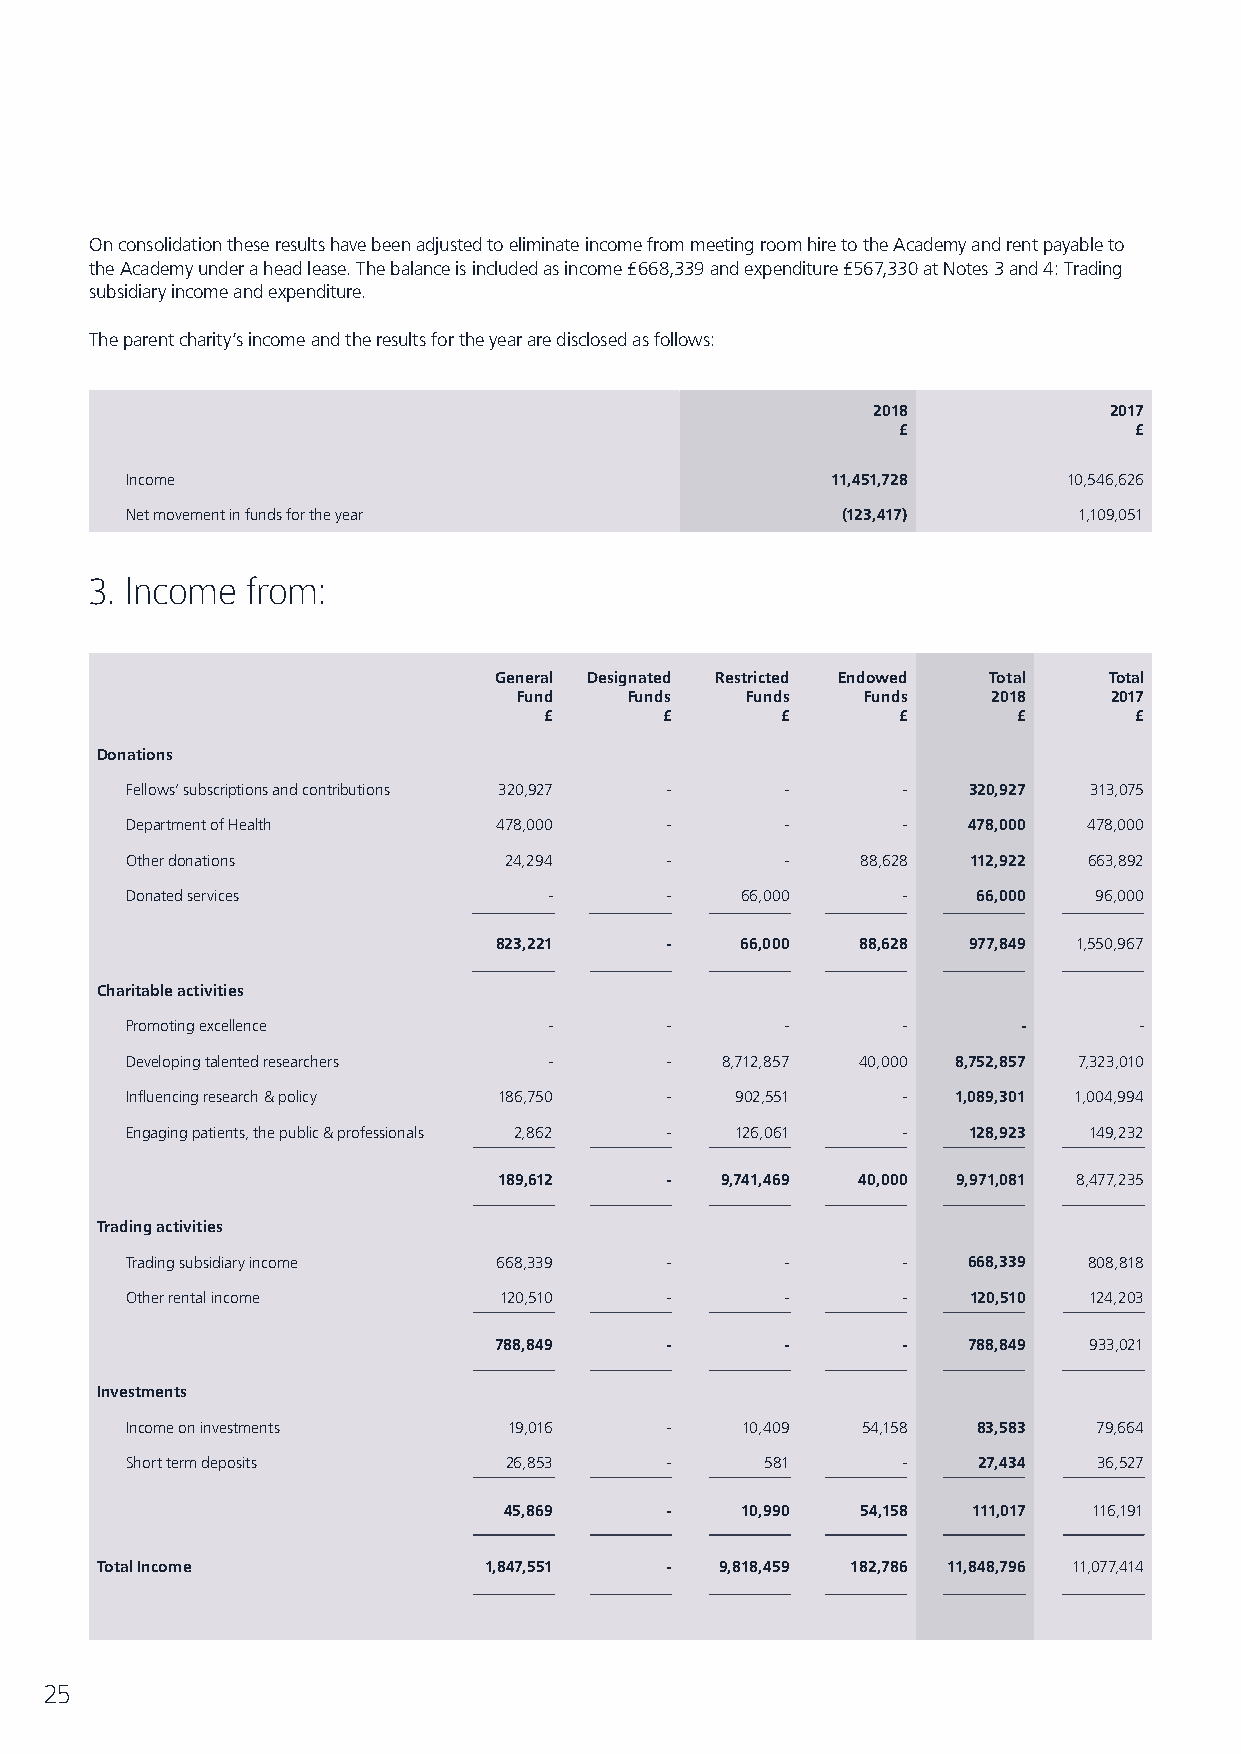
On consolidation these results have been adjusted to eliminate income from meeting room hire to the Academy and rent payable to
 the Academy under a head lease. The balance is included as income £668,339 and expenditure £567,330 at Notes 3 and 4: Trading
 subsidiary income and expenditure.
 The parent charity’s income and the results for the year are disclosed as follows:
 2018           2017
 £               £
 Income                                         11,451,728      10,546,626
 Net movement in funds for the year              (123,417)      1,109,051
 3. Income from:
 General Designated Restricted Endowed Total Total
 Fund    Funds  Funds   Funds    2018    2017
 £       £       £      £       £       £
 Donations
 Fellows’ subscriptions and contributions 320,927 - - -  320,927 313,075
 Department of Health     478,000    -       -       -   478,000 478,000
 Other donations          24,294     -       -    88,628 112,922 663,892
 Donated services            -       -    66,000     -    66,000 96,000
 823,221    -    66,000  88,628 977,849 1,550,967
 Charitable activities
 Promoting excellence        -       -       -       -       -      -
 Developing talented researchers -   -   8,712,857 40,000 8,752,857 7,323,010
 Influencing research & policy 186,750 -  902,551    -  1,089,301 1,004,994
 Engaging patients, the public & professionals 2,862 - 126,061 - 128,923 149,232
 189,612    -   9,741,469 40,000 9,971,081 8,477,235
 Trading activities
 Trading subsidiary income 668,339   -       -       -   668,339 808,818
 Other rental income      120,510    -       -       -   120,510 124,203
 788,849    -       -       -   788,849 933,021
 Investments
 Income on investments     19,016    -    10,409  54,158  83,583  79,664
 Short term deposits      26,853     -      581      -    27,434  36,527
 45,869     -    10,990  54,158 111,017 116,191
 Total Income              1,847,551   -   9,818,459 182,786 11,848,796 11,077,414
 25